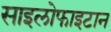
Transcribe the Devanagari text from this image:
साइलोफाइटान